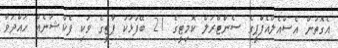
އެގޮތުން އެސްއެލްއެފްޕީގެ ސެންޓްރަލް ކޮމިޓީގެ 21 ބޭފުޅަކު ޕާޓީގެ ވަކި ފެކްޝަނެއް ހައްދަވާ